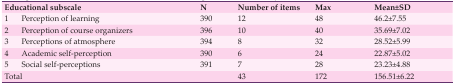
<table><thead><tr><td colspan="2"><b> Educational subscale </b></td><td><b> N </b></td><td><b> Number of items </b></td><td><b> Max </b></td><td><b> Mean±SD </b></td></tr></thead><tbody><tr><td> 1 </td><td> Perception of learning </td><td> 390 </td><td> 12 </td><td> 48 </td><td> 46.2±7.55 </td></tr><tr><td> 2 </td><td> Perception of course organizers </td><td> 396 </td><td> 10 </td><td> 40 </td><td> 35.69±7.02 </td></tr><tr><td> 3 </td><td> Perceptions of atmosphere </td><td> 394 </td><td> 8 </td><td> 32 </td><td> 28.52±5.99 </td></tr><tr><td> 4 </td><td> Academic self-perception </td><td> 390 </td><td> 6 </td><td> 24 </td><td> 22.87±5.02 </td></tr><tr><td> 5 </td><td> Social self-perceptions </td><td> 391 </td><td> 7 </td><td> 28 </td><td> 23.23±4.88 </td></tr><tr><td colspan="3"> Total </td><td> 43 </td><td> 172 </td><td> 156.51±6.22 </td></tr></tbody></table>